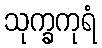
သုက္ခကုရံ